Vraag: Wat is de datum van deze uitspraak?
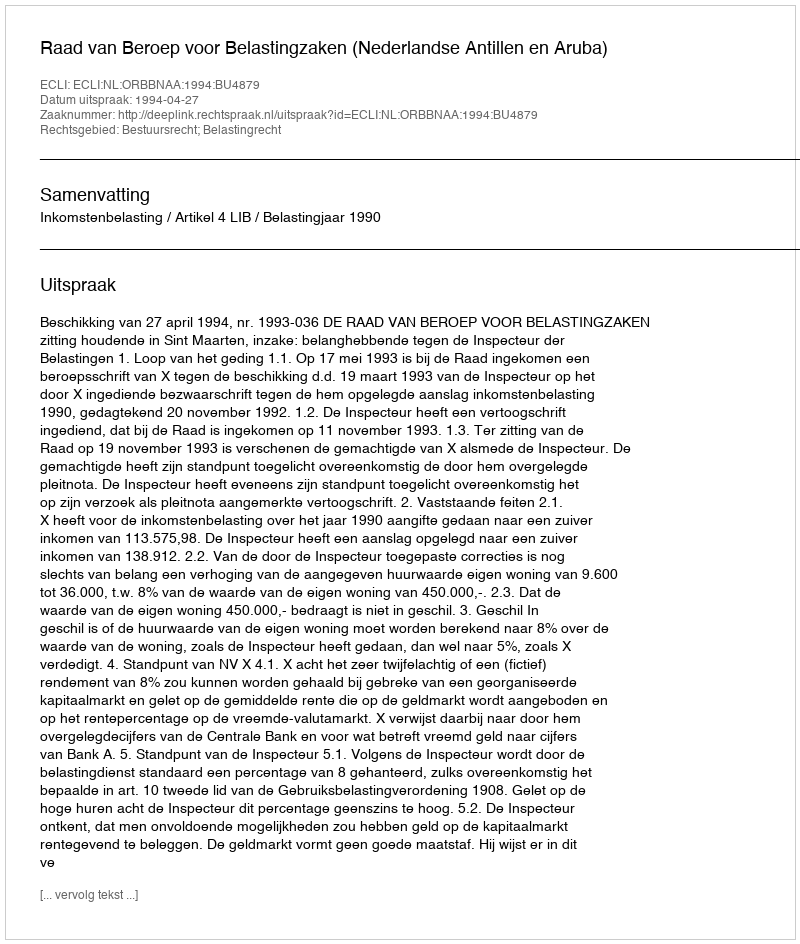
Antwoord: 1994-04-27